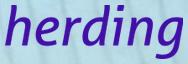
herding